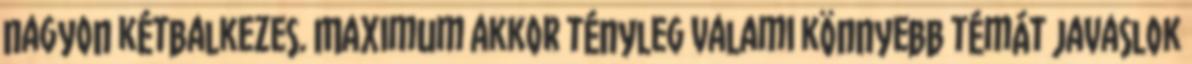
nagyon kétbalkezes. Maximum akkor tényleg valami könnyebb témát javaslok